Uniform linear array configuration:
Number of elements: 8
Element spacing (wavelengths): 0.25
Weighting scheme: blackman
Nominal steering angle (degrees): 45
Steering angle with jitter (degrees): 43.401
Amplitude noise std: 0.05
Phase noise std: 0.05

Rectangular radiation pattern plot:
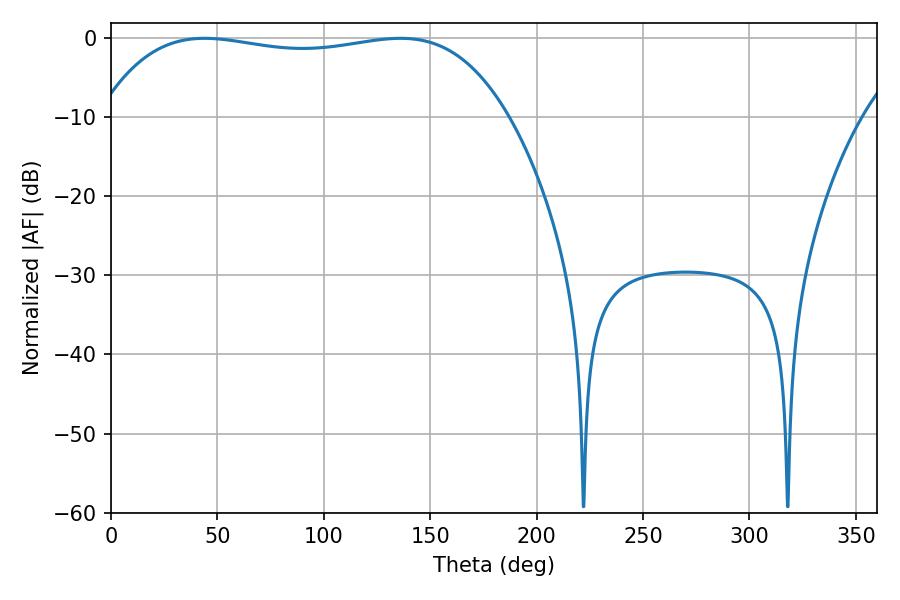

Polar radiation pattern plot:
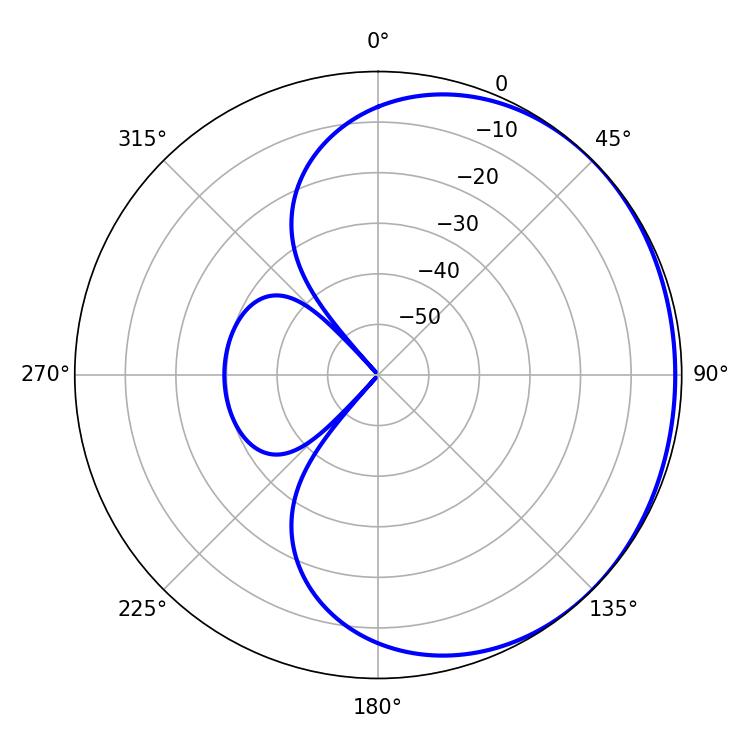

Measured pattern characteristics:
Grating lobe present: FALSE
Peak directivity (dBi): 0.7605
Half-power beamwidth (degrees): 153.36
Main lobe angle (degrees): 43.92